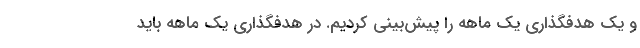
و یک هدفگذاری یک ماهه را پیش‌بینی کردیم. در هدفگذاری یک ماهه باید